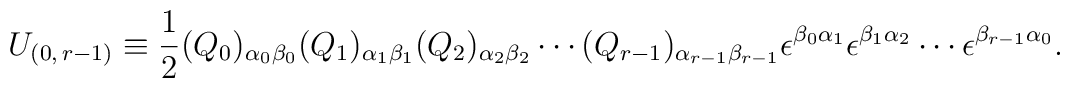
U_{(0,\,r-1)}\equiv \frac{1}{2}(Q_{0})_{\alpha _{0}\beta _{0}}(Q_{1})_{\alpha _{1}\beta _{1}}(Q_{2})_{\alpha _{2}\beta _{2}}\cdots (Q_{r-1})_{\alpha _{r-1}\beta _{r-1}}\epsilon ^{\beta _{0}\alpha _{1}}\epsilon ^{\beta _{1}\alpha _{2}}\cdots\epsilon ^{\beta _{r-1}\alpha _{0}}.